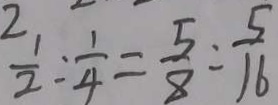
\frac { 1 } { 2 } : \frac { 1 } { 4 } = \frac { 5 } { 8 } : \frac { 5 } { 1 6 }